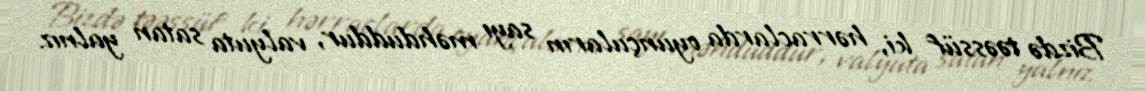
Bizdə təəssüf ki, hərraclarda oyunçuların sayı məhduddur, valyuta satan yalnız